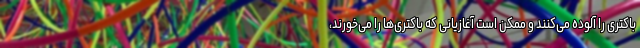
باکتری را آلوده می‌کنند و ممکن است آغازیانی که باکتری‌ها را می‌خورند،